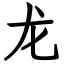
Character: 龙